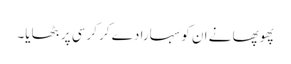
پھوپھا نے ان کو سہارا دے کر کرسی پر بٹھایا۔